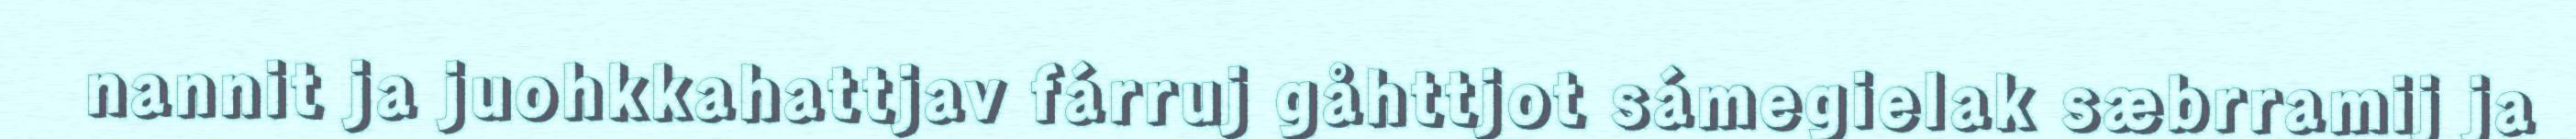
nannit ja juohkkahattjav fárruj gåhttjot sámegielak sæbrramij ja